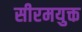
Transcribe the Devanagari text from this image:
सीरमयुक्त